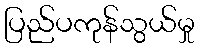
ပြည်ပကုန်သွယ်မှု